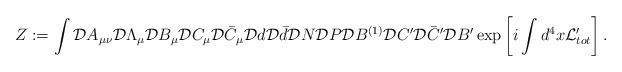
LaTeX: \begin{align*}Z := \int {\cal D}A_{\mu\nu} {\cal D}\Lambda_\mu {\cal D}B_\mu{\cal D}C_\mu {\cal D}\bar C_\mu {\cal D}d {\cal D}\bar d {\cal D}N {\cal D}P {\cal D}B^{(1)}{\cal D}C'{\cal D}\bar C' {\cal D}B'\exp \left[ i \int d^4x {\cal L}_{tot}' \right] .\end{align*}